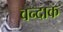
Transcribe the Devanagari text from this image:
वन्दाक